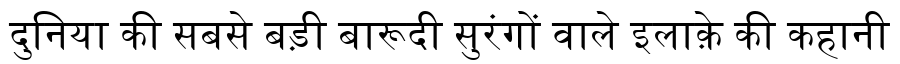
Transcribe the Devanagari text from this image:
दुनिया की सबसे बड़ी बारूदी सुरंगों वाले इलाक़े की कहानी